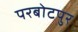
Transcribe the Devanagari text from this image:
परबोटपुर